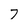
Character: 7